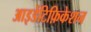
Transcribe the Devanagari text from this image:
आइडेंटिफ़िकेशन